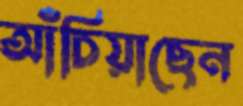
আঁচিয়াছেন